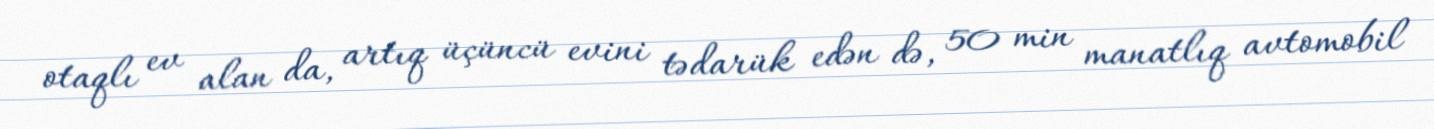
otaqlı ev alan da, artıq üçüncü evini tədarük edən də, 50 min manatlıq avtomobil